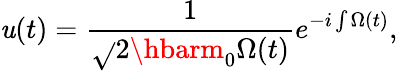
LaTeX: \mathit{u}(t)=\frac{{1}}{{\sqrt{}{{2\hbarm_{0}\Omega(t)}}}}e^{-i\int\Omega(t)},